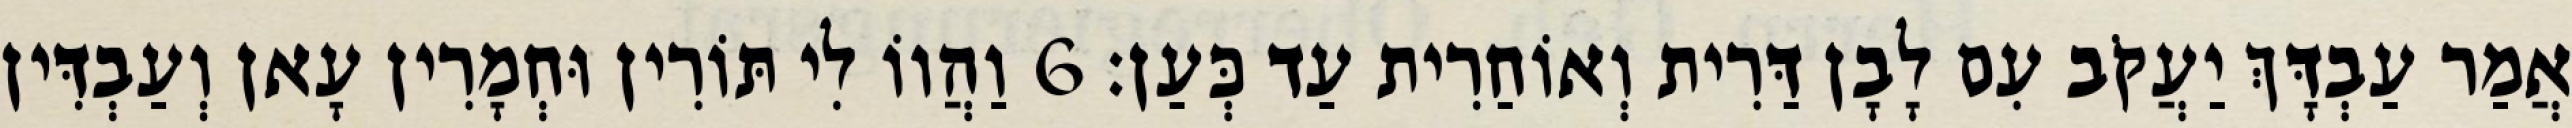
אֲמַר עַבְדָּךְ יַעֲקֹב עִם לָבָן דַּרִית וְאוֹחַרִית עַד כְּעַן׃ 6 וַהֲווֹ לִי תּוֹרִין וּחְמָרִין עָאן וְעַבְדִּין